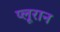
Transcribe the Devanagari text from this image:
प्लूरान